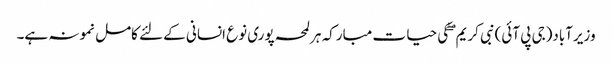
وزیرآباد(جی پی آئی)نبی کریم ۖ کی حیا ت مبارکہ ہرلمحہ پوری نوع انسانی کے لئے کامل نمونہ ہے۔